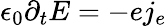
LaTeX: \epsilon_{0}\partial_{t}E=-ej_{e}